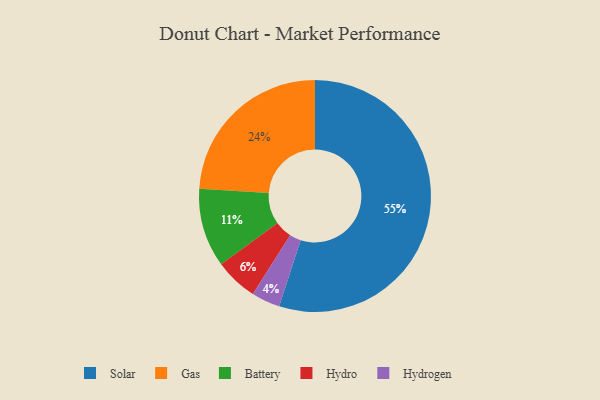
{"axis": {"x": "Category", "y": "Percentage"}, "legend": ["Battery", "Gas", "Hydro", "Hydrogen", "Solar"], "data": [{"x": "Battery", "y": 11, "type": "Battery"}, {"x": "Hydro", "y": 6, "type": "Hydro"}, {"x": "Gas", "y": 24, "type": "Gas"}, {"x": "Hydrogen", "y": 4, "type": "Hydrogen"}, {"x": "Solar", "y": 55, "type": "Solar"}]}